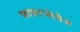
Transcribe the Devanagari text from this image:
फायरप्लेसेज